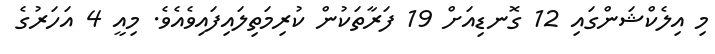
މި އިލެކްޝަންގައި 12 ގޮނޑިއަށް 19 ފަރާތަކުން ކުރިމަތިލައިފައިވެއެވެ. މިއީ 4 އަހަރުގެ